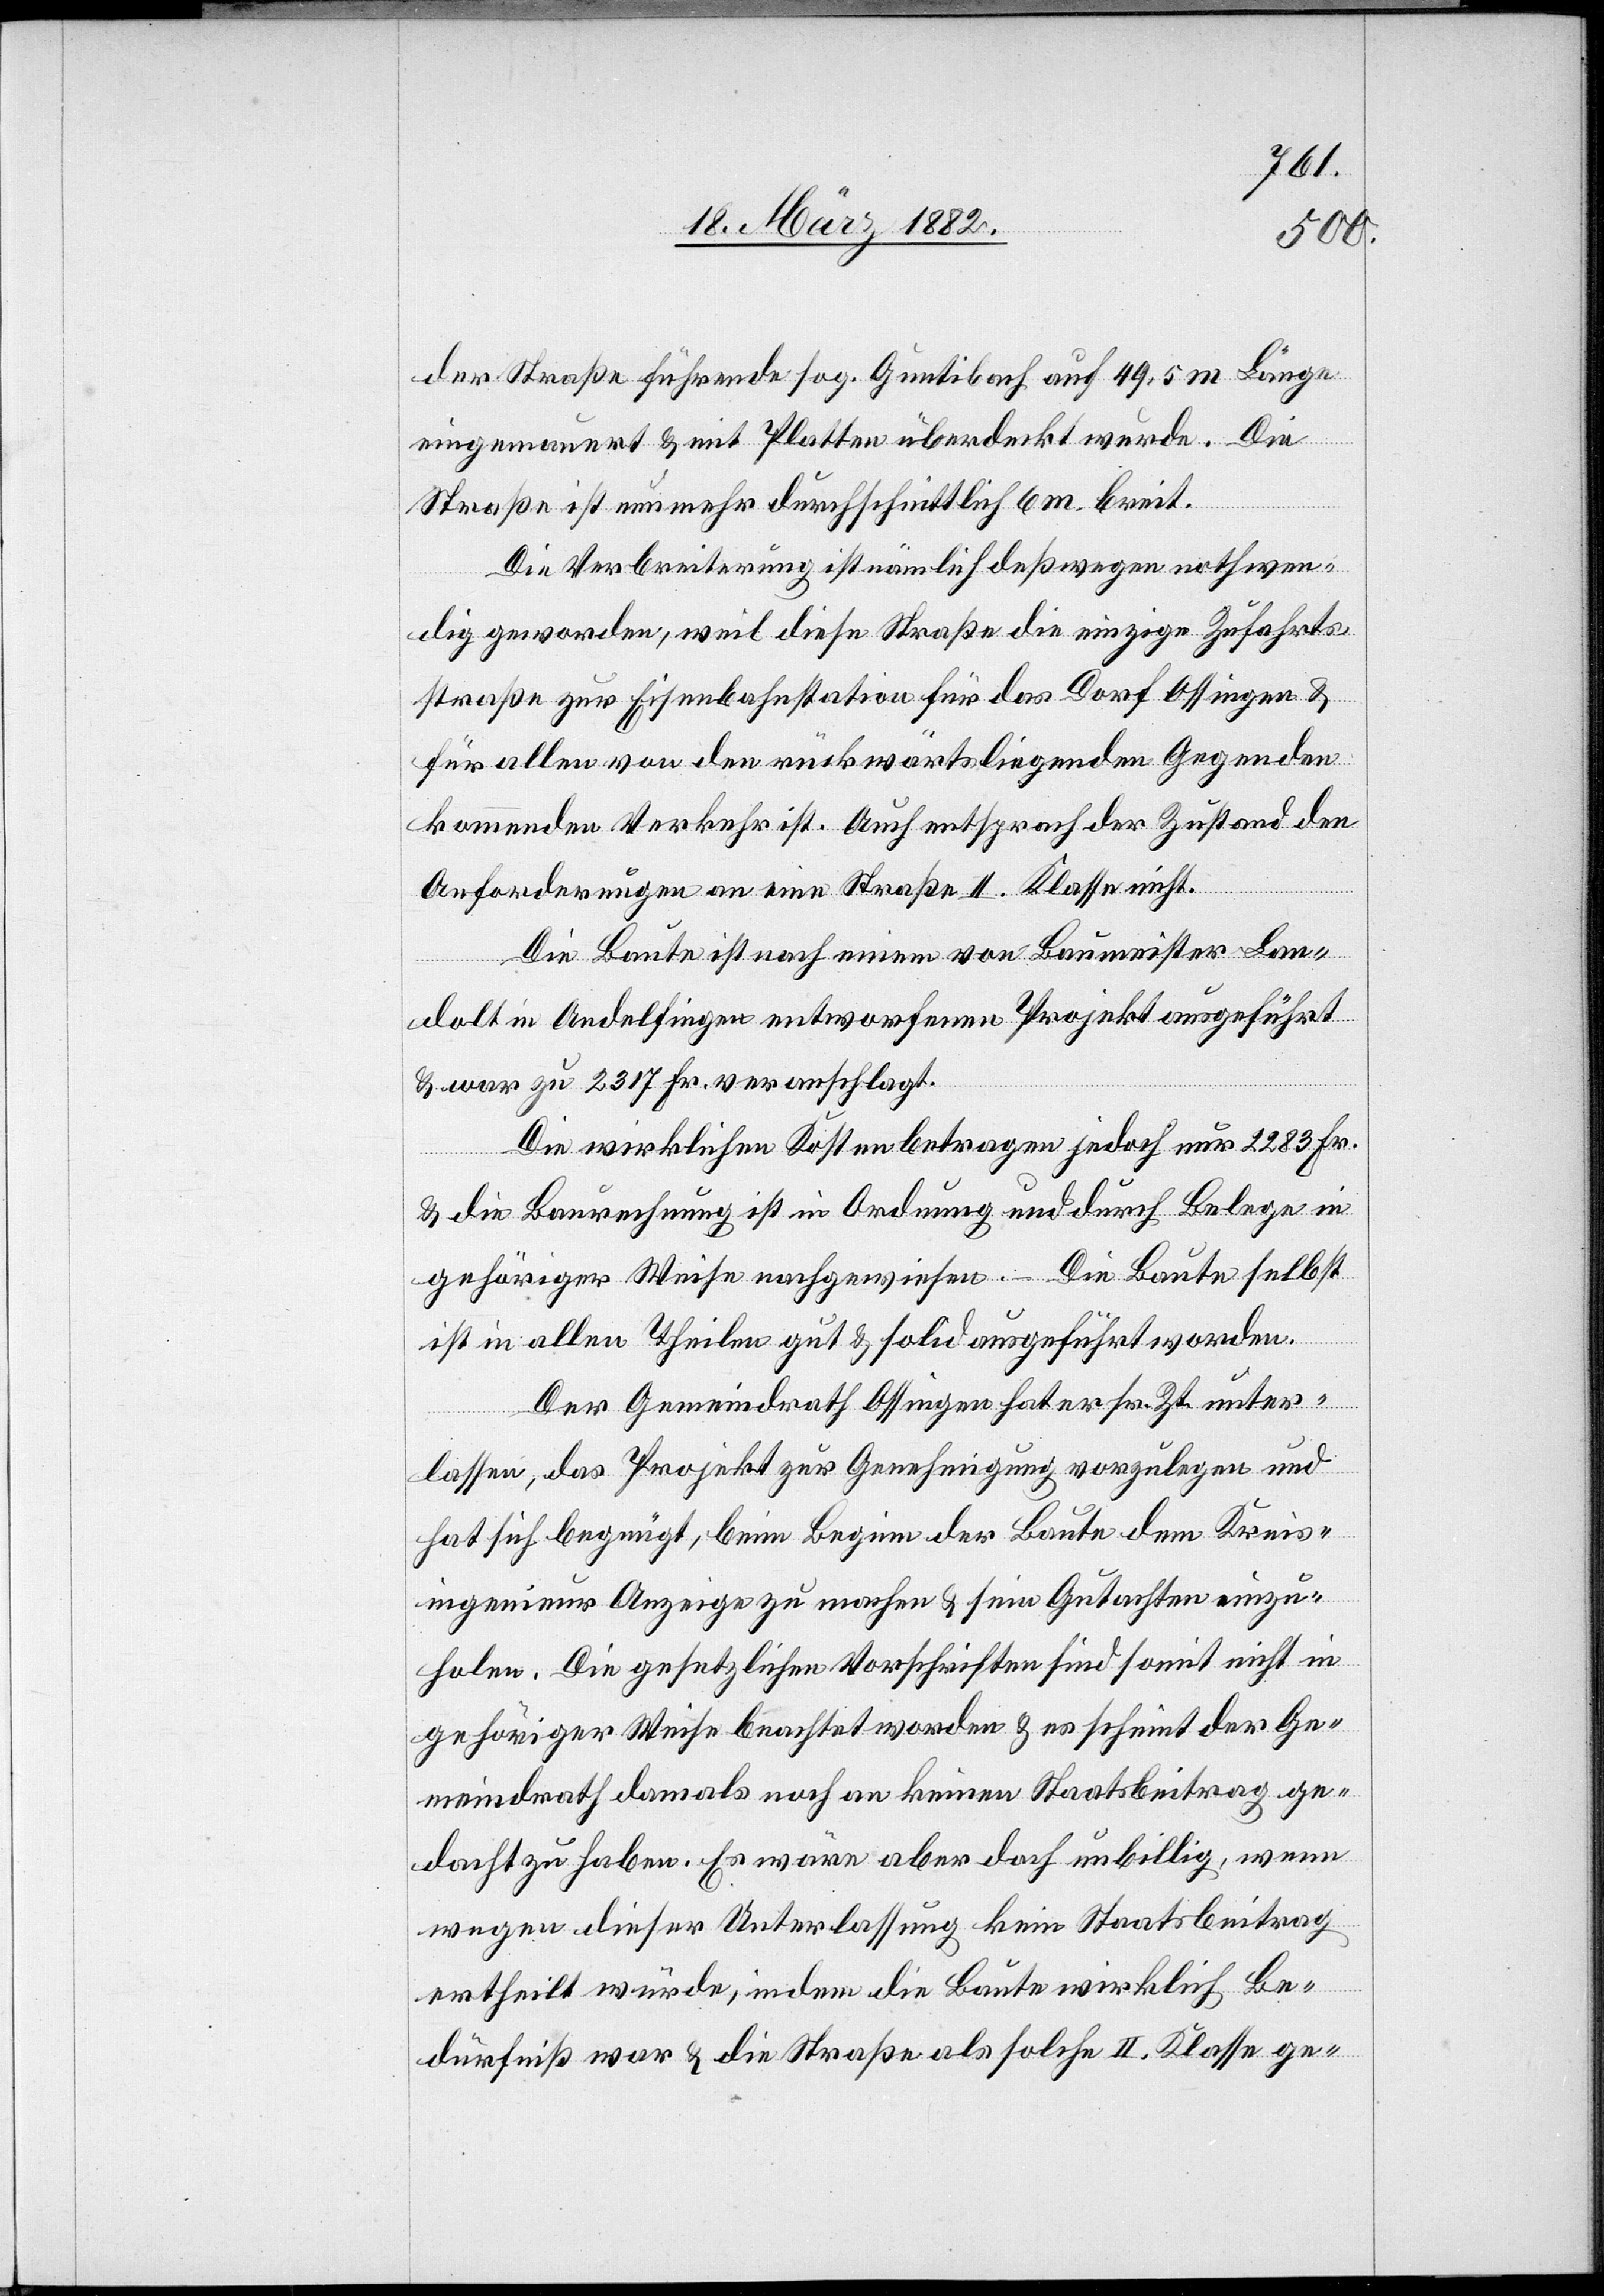
Zt.
der Straße führende sog. Guntibach auf 49,5 m Länge
eingemauert & mit Platten überdeckt wurde. Die
Straße ist nun mehr durchschnittlich 6 m breit.
Die Verbreiterung ist nämlich deßwegen nothwen¬
dig geworden, weil diese Straße die einzige Zufahrts¬
straße zur Eisenbahnstation für das Dorf Ossingen &
für allen von den rückwärtsliegenden Gegenden
kommende Verkehr ist. Auch entsprach der Zustand den
Anforderungen an eine Straße II. Klasse nicht.
Die Baute ist nach einem von Baumeister Lan¬
dolt in Andelfingen entworfenem Projekt ausgeführt
& war zu 2317 Fr. veranschlagt.
Die wirklichen Kosten betragen jedoch nur 2283 Fr.
& die Baurechnung ist in Ordnung und durch Belege in
gehöriger Weise nachgewiesen. – Die Baute selbst
ter¬
ist in allen Theilen gut & solid ausgeführt worden.
Der Gemeindrath Ossingen hat er [recte: es]
lassen, das Projekt zur Genehmigung vorzulegen und
hat sich begnügt, beim Beginn der Baute dem Kreis¬
ingenieur Anzeige zu machen & seine Gutachten einzu¬
holen. Die gesetzlichen Vorschriften sind somit nicht in
gehöriger Weise beachtet worden & es scheint der Ge¬
meindrath damals noch an keinen Staatsbeitrag ge¬
dacht zu haben. Es wäre aber doch unbillig, wenn
wegen dieser Unterlassung kein Staatsbeitrag
ertheilt würde, indem die Baute wirklich Be¬
dürfniß war & die Straße als solche II. Klasse ge-